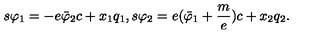
s \varphi _ { 1 } = - e \bar { \varphi } _ { 2 } c + x _ { 1 } q _ { 1 } , s \varphi _ { 2 } = e ( \bar { \varphi } _ { 1 } + \frac m e ) c + x _ { 2 } q _ { 2 } .